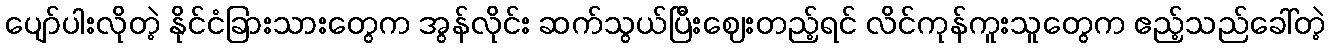
ပျော်ပါးလိုတဲ့ နိုင်ငံခြားသားတွေက အွန်လိုင်း ဆက်သွယ်ပြီးဈေးတည့်ရင် လိင်ကုန်ကူးသူတွေက ဧည့်သည်ခေါ်တဲ့